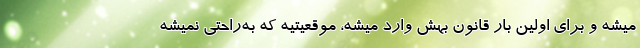
میشه و برای اولین بار قانون بهش وارد میشه، موقعیتیه که به‌راحتی نمیشه